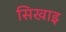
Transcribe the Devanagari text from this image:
सिखाइ